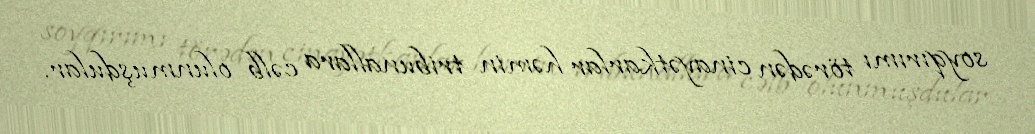
soyqırımı törədən cinayətkarlar həmin tribunallara cəlb olunmuşdular.